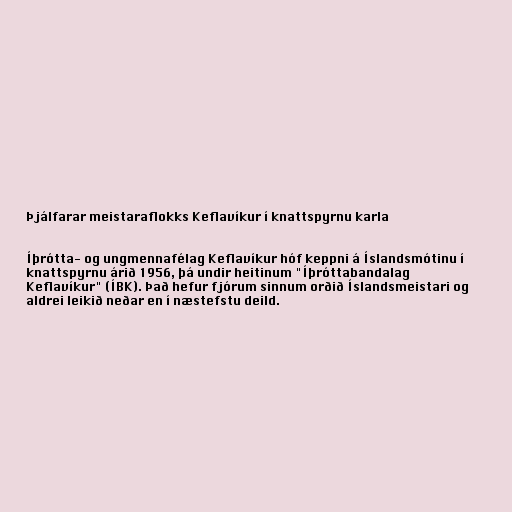
Þjálfarar meistaraflokks Keflavíkur í knattspyrnu karla

Íþrótta- og ungmennafélag Keflavíkur hóf keppni á Íslandsmótinu í
knattspyrnu árið 1956, þá undir heitinum "Íþróttabandalag
Keflavíkur" (ÍBK). Það hefur fjórum sinnum orðið Íslandsmeistari og
aldrei leikið neðar en í næstefstu deild.